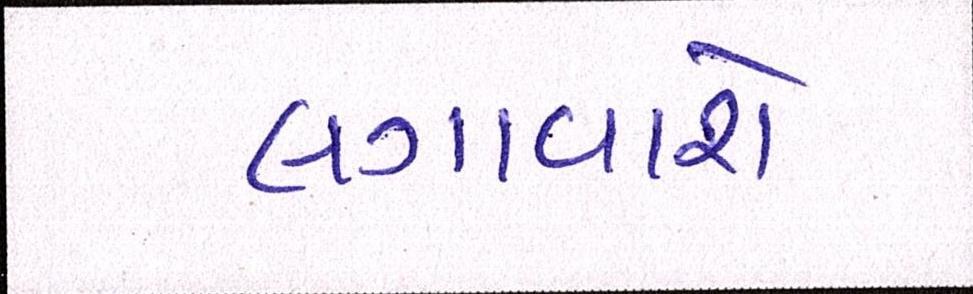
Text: લગાવાશે